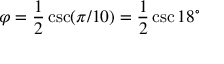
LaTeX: \varphi = { \frac { 1 } { 2 } } \csc ( \pi / 1 0 ) = { \frac { 1 } { 2 } } \csc 1 8 ^ { \circ }